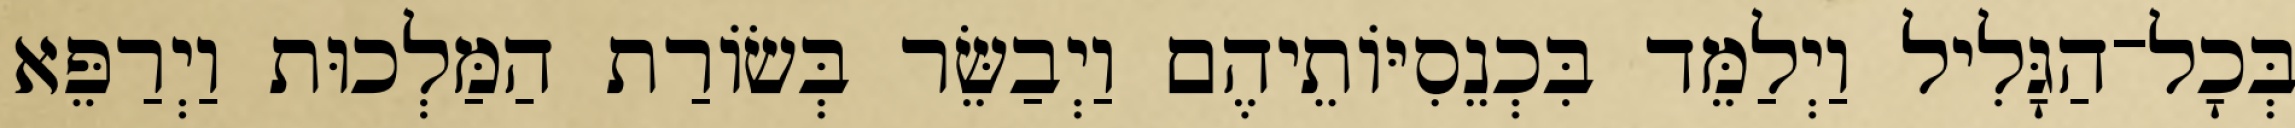
בְּכָל־הַגָּלִיל וַיְלַמֵּד בִּכְנֵסִיּוֹתֵיהֶם וַיְבַשֵּׂר בְּשׂוֹרַת הַמַּלְכוּת וַיְרַפֵּא